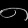
Digit: ၈